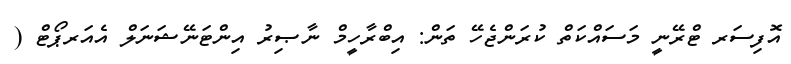
އޮފިސަރ ޓްރޭނީ މަސައްކަތް ކުރަންޖެހޭ ތަން: އިބްރާހީމް ނާޞިރު އިންޓަނޭޝަނަލް އެއަރޕޯޓް (